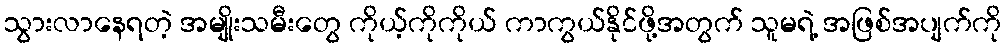
သွားလာနေရတဲ့ အမျိုးသမီးတွေ ကိုယ့်ကိုကိုယ် ကာကွယ်နိုင်ဖို့အတွက် သူမရဲ့ အဖြစ်အပျက်ကို